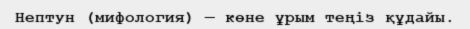
Нептун (мифология) — көне ұрым теңіз құдайы.